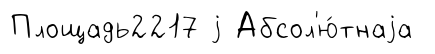
Площадь2217 j Абсол'ю́тнаjа